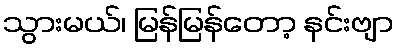
သွားမယ်၊ မြန်မြန်တော့ နင်းဗျာ